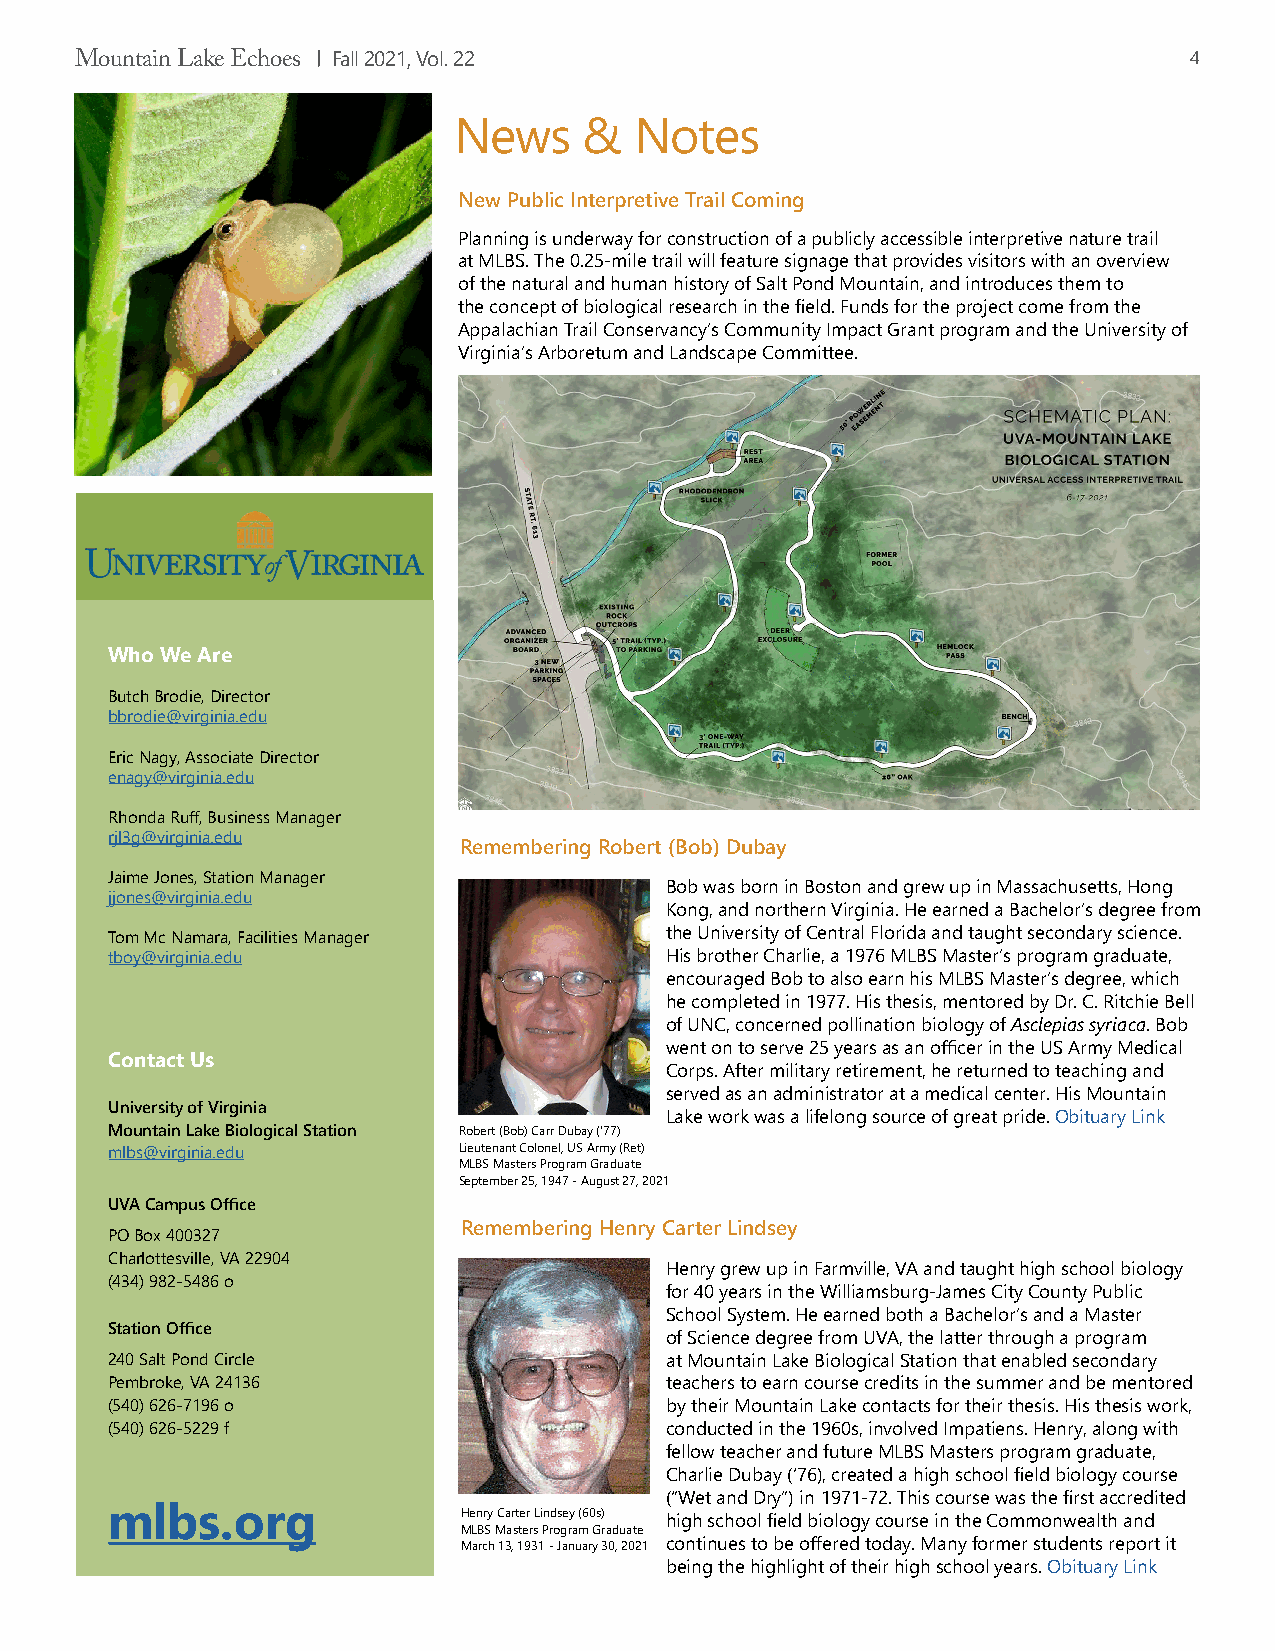
Mountain Lake Echoes Fall 2021, Vol. 22                                   4
 News     &  Notes
 New Public Interpretive Trail Coming
 Planning is underway for construction of a publicly accessible interpretive nature trail
 at MLBS. The 0.25-mile trail will feature signage that provides visitors with an overview
 of the natural and human history of Salt Pond Mountain, and introduces them to
 the concept of biological research in the field. Funds for the project come from the
 Appalachian Trail Conservancy’s Community Impact Grant program and the University of
 Virginia’s Arboretum and Landscape Committee.
 Who We Are
 Butch Brodie, Director
 bbrodie@virginia.edu
 Eric Nagy, Associate Director
 enagy@virginia.edu
 Rhonda Ruff, Business Manager
 rjl3g@virginia.edu
 Remembering Robert (Bob) Dubay
 Jaime Jones, Station Manager
 Bob was born in Boston and grew up in Massachusetts, Hong
 jjones@virginia.edu
 Kong, and northern Virginia. He earned a Bachelor’s degree from
 Tom Mc Namara, Facilities Manager    the University of Central Florida and taught secondary science.
 tboy@virginia.edu                    His brother Charlie, a 1976 MLBS Master’s program graduate,
 encouraged Bob to also earn his MLBS Master’s degree, which
 he completed in 1977. His thesis, mentored by Dr. C. Ritchie Bell
 of UNC, concerned pollination biology of Asclepias syriaca. Bob
 went on to serve 25 years as an officer in the US Army Medical
 Contact Us
 Corps. After military retirement, he returned to teaching and
 served as an administrator at a medical center. His Mountain
 University of Virginia
 Lake work was a lifelong source of great pride. Obituary Link
 Mountain Lake Biological Station Robert (Bob) Carr Dubay (‘77)
 mlbs@virginia.edu      Lieutenant Colonel, US Army (Ret)
 MLBS Masters Program Graduate
 September 25, 1947 - August 27, 2021
 UVA Campus Office
 Remembering Henry Carter Lindsey
 PO Box 400327
 Charlottesville, VA 22904
 Henry grew up in Farmville, VA and taught high school biology
 (434) 982-5486 o
 for 40 years in the Williamsburg-James City County Public
 School System. He earned both a Bachelor’s and a Master
 Station Office
 of Science degree from UVA, the latter through a program
 240 Salt Pond Circle                 at Mountain Lake Biological Station that enabled secondary
 Pembroke, VA 24136                   teachers to earn course credits in the summer and be mentored
 (540) 626-7196 o                     by their Mountain Lake contacts for their thesis. His thesis work,
 (540) 626-5229 f                     conducted in the 1960s, involved Impatiens. Henry, along with
 fellow teacher and future MLBS Masters program graduate,
 Charlie Dubay (‘76), created a high school field biology course
 (“Wet and Dry”) in 1971-72. This course was the first accredited
 mlbs.org               Henry Carter Lindsey (60s) high school field biology course in the Commonwealth and
 MLBS Masters Program Graduate
 March 13, 1931 - January 30, 2021 continues to be offered today. Many former students report it
 being the highlight of their high school years. Obituary Link